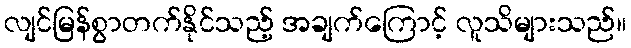
လျင်မြန်စွာတက်နိုင်သည့် အချက်ကြောင့် လူသိများသည်။